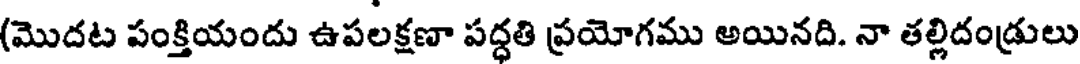
(మొదట పంక్తియందు ఉపలక్షణా పద్ధతి ప్రయోగము అయినది. నా తల్లిదండ్రులు